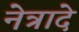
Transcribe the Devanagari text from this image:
नेत्रादे